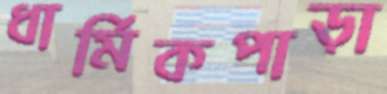
ধার্মিকপাড়া